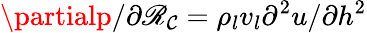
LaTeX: \partialp/\partial{\mathscr{R}_{\mathcal{C}}}={\rho_{l}}{v_{l}}{\partial^{2}}u/\partial{h^{2}}